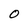
Character: 0